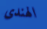
الهندى